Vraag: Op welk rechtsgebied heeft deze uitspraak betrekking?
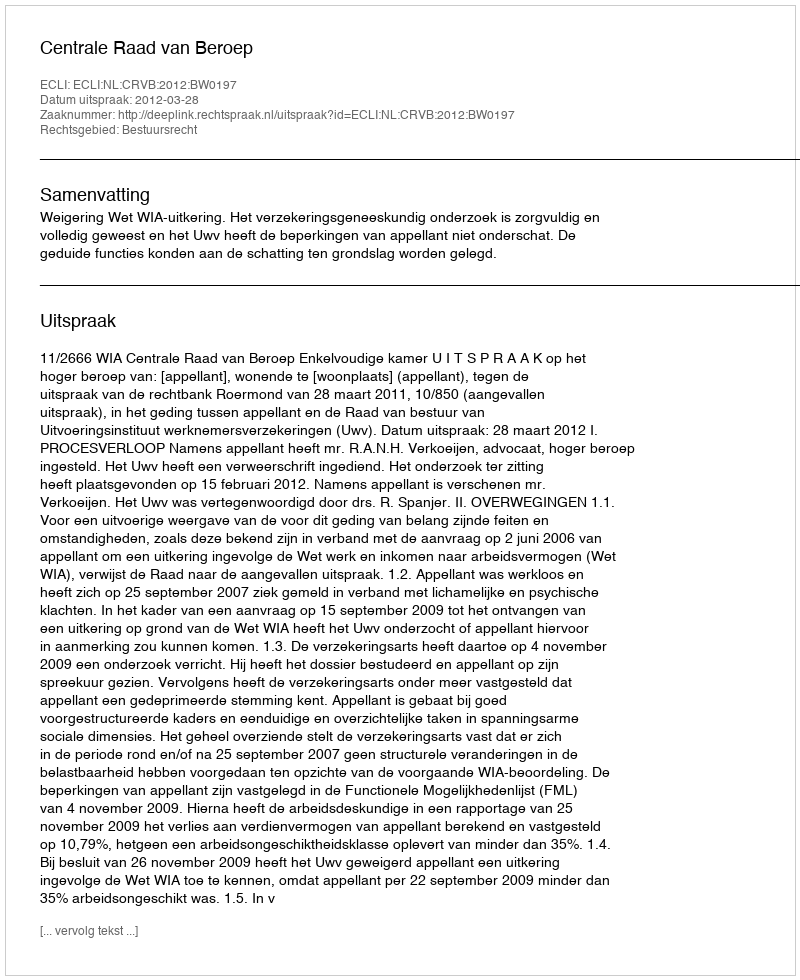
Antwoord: Bestuursrecht